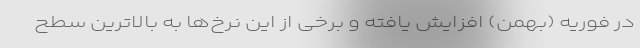
در فوریه (بهمن) افزایش یافته و برخی از این نرخ‌ها به بالاترین سطح